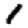
Digit: 1